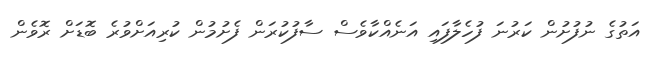
އަތުގެ ނުފުށުން ކަރުނަ ފުހެލާފައި އަނެއްކާވެސް ސާފުކުރަން ފެށުމުން ކުރިއަށްވުރެ ބޮޑަށް ރޮވެން